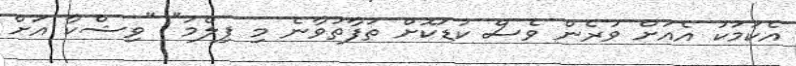
އެކަމަކު އެއަށް ވުރެން ވެސް ކުޑަކޮށް ތަފާތުވާނެ މި ފިލްމު" "ވިޝްކާ އަށް